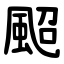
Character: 䫿